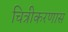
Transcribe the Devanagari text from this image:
चित्रीकरणास